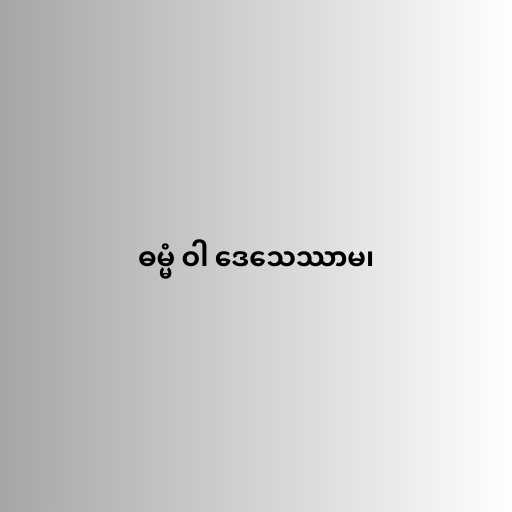
ဓမ္မံ ဝါ ဒေသေဿာမ၊